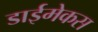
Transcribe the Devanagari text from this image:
डाईमेकस